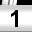
Digit: 1